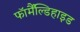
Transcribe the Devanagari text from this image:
फॉर्मैंल्डिहाइड